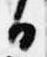
白